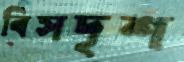
বিসদৃশ